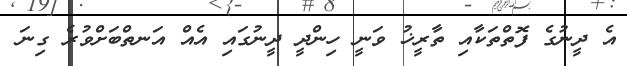
އެ ދީނުގެ ފޮތްތަކާއި ތާރީޚު ވަނީ ހިންދީ ދީނުގައި އެއް އަނތްބަށްވުރެ ގިނަ